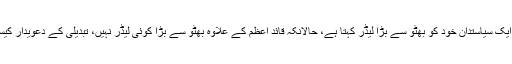
انہوں نے کہا کہ آج ایک سیاستدان خود کو بھٹو سے بڑا لیڈر کہتا ہے، حالانکہ قائد اعظم کے علاوہ بھٹو سے بڑا کوئی لیڈر نہیں، تبدیلی کے دعویدار کیسی تبدیلی لائیں گے؟